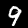
Digit: 9